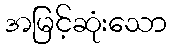
အမြင့်ဆုံးသော